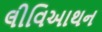
લીવિઆથન